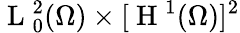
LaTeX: \mathrm{~L~}_{0}^{2}(\Omega)\times[\mathrm{~H~}^{1}(\Omega)]^{2}